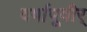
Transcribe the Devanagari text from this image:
वर्षापूवीर्